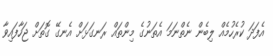
އެފަދަ ކުރެހުމެއް ލިބެން ނެތްނަމަ އެތަނުގެ މިންތައް ރަނގަޅަށް އެނގޭ ގޮތަށް ޖަހާފައިވާ